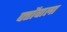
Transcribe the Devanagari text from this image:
पत्तोंवाला